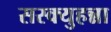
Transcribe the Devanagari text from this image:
सस्क्युहन्ना